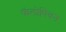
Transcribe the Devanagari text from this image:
फॅलोपियन